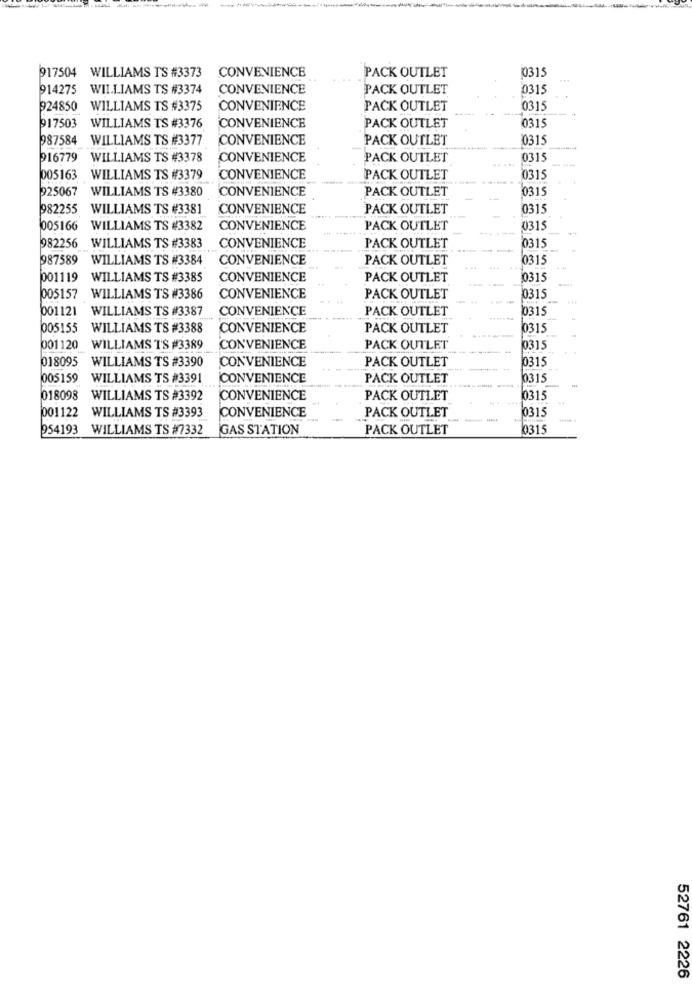
917504 WILLIAMS TS #3373
CONVENIENCE
PACK OUTLET
0315
914275 WILLIAMS TS #3374
CONVENIENCE
PACK OUTLET
0315
924850 WILLIAMS TS #3375
CONVENIENCE
PACK OUTLET
0315
CONVENIENCE
0315
917503 WILLIAMS TS #3376
PACK OUTLET
987584
WILLIAMS TS #3377
CONVENIENCE
PACK OUTLET
0315
916779 WILLIAMS TS #3378
CONVENIENCE
PACK OUTLET
0315
005163 WILLIAMS TS #3379
CONVENIENCE
PACK OUTLET
0315
925067 WILLIAMS TS #3380
CONVENIENCE
PACK OUTLET
0315
982255
WILLIAMS TS #3381
CONVENIENCE
PACK OUTLET
0315
005166 WILLIAMS TS #3382
CONVENIENCE
PACK OUTLET
0315
PACK OUTLET
0315
982256 WILLIAMS TS #3383
CONVENIENCE
987589 WILLIAMS TS #3384
CONVENIENCE
PACK OUTLET
0315
001119
WILLIAMS TS #3385
CONVENIENCE
PACK OUTLET
0315
005157 WILLIAMS TS #3386
CONVENIENCE
PACK OUTLET
0315
001121
WILLIAMS TS #3387
CONVENIENCE
PACK OUTLET
10315
005155
WILLIAMS TS #3388
CONVENIENCE
PACK OUTLET
0315
001120 WILLIAMS T'S #3389
CONVENIENCE
PACK OUTLET
0315
018095 WILLIAMS TS #3390
CONVENIENCE
PACK OUTLET
0315
005159
WILLIAMS TS #3391
CONVENIENCE
PACK OUTLET
0315
018098
WILLIAMS TS #3392
CONVENIENCE
PACK OUTLET
0315
001122
WILLIAMS TS #3393
CONVENIENCE
PACK OUTLET
0315
954193 WILLIAMS TS #7332
GAS STATION
PACK OUTLET
0315
52761 2226